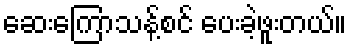
ဆေးကြောသန့်စင် ပေးခဲ့ဖူးတယ်။